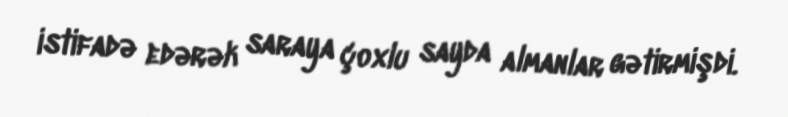
istifadə edərək saraya çoxlu sayda almanlar gətirmişdi.